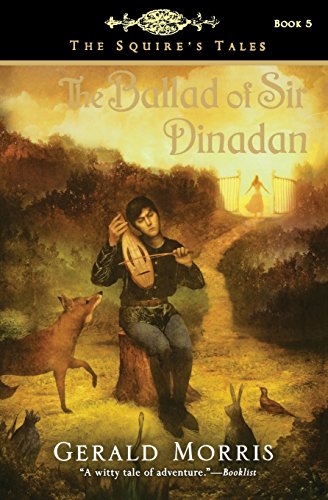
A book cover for The Ballad of Sir Dinadan (The Squire's Tales); Gerald Morris; Children's Books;